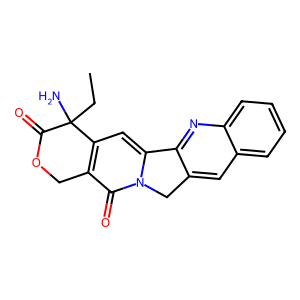
SMILES: CCC1(N)C(=O)OCc2c1cc1n(c2=O)Cc2cc3ccccc3nc2-1
Inhibits HIV replication: No